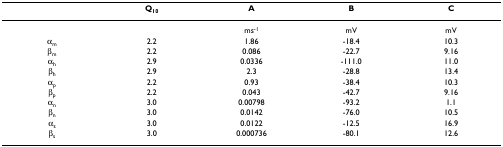
|  | Q10 | A | B | C |
 | --- | --- | --- | --- | --- |
 |  |  | ms-1 | mV | mV |
 | αm | 2.2 | 1.86 | -18.4 | 10.3 |
 | βm | 2.2 | 0.086 | -22.7 | 9.16 |
 | αh | 2.9 | 0.0336 | -111.0 | 11.0 |
 | βh | 2.9 | 2.3 | -28.8 | 13.4 |
 | αp | 2.2 | 0.93 | -38.4 | 10.3 |
 | βp | 2.2 | 0.043 | -42.7 | 9.16 |
 | αn | 3.0 | 0.00798 | -93.2 | 1.1 |
 | βn | 3.0 | 0.0142 | -76.0 | 10.5 |
 | αs | 3.0 | 0.0122 | -12.5 | 16.9 |
 | βs | 3.0 | 0.000736 | -80.1 | 12.6 |